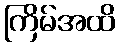
ကြိမ်အထိ